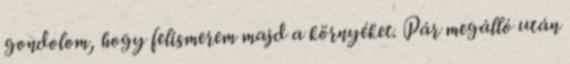
gondolom, hogy felismerem majd a környéket. Pár megálló után